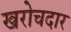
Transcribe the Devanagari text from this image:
खरोचदार